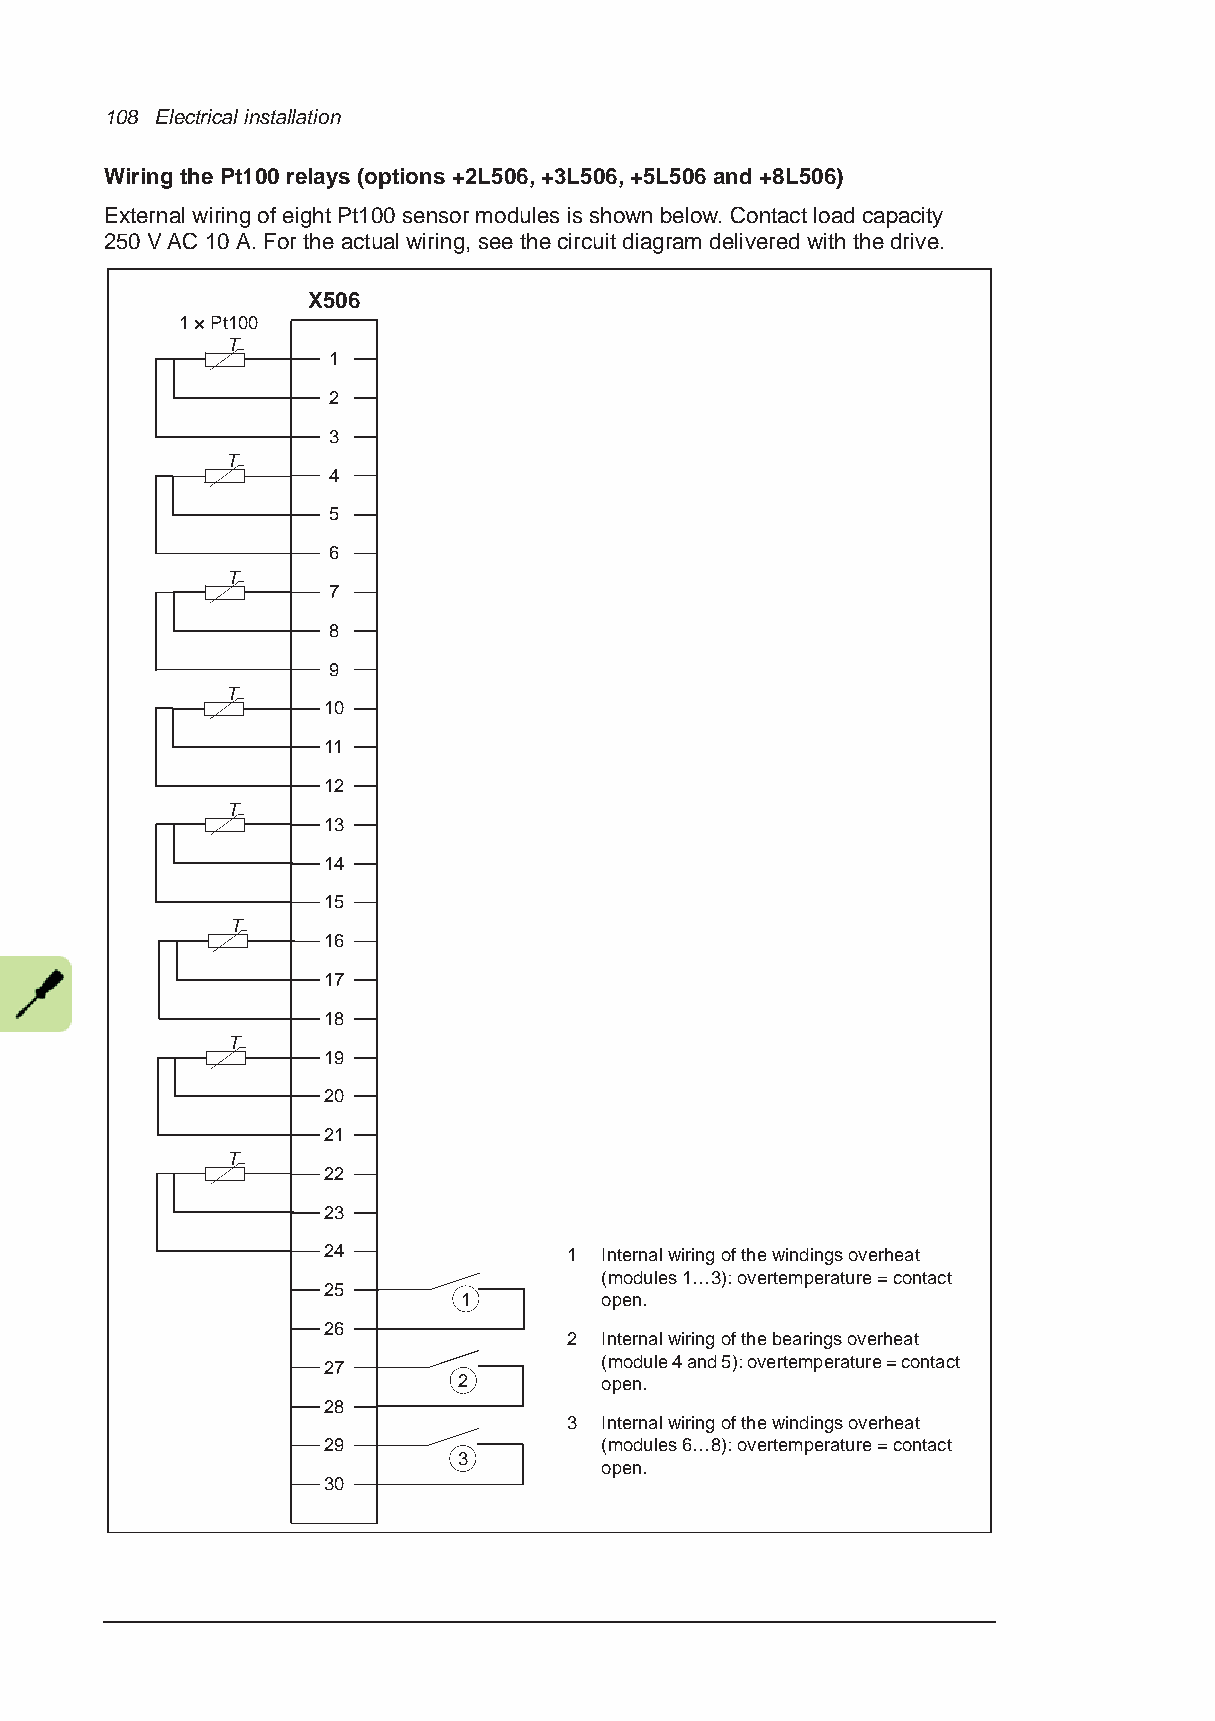
108 Electrical installation
 Wiring the Pt100 relays (options +2L506, +3L506, +5L506 and +8L506)
 External wiring of eight Pt100 sensor modules is shown below. Contact load capacity
 250VAC 10A. For the actual wiring, see the circuit diagram delivered with the drive.
 X506
 1 × Pt100
 T
 1
 2
 3
 T
 4
 5
 6
 T
 7
 8
 9
 T
 10
 11
 12
 T
 13
 14
 15
 T
 16
 17
 18
 T
 19
 20
 21
 T
 22
 23
 24               1 Internal wiring of the windings overheat
 (modules 1…3): overtemperature = contact
 25
 1         open.
 26
 2 Internal wiring of the bearings overheat
 27                 (module 4 and 5): overtemperature = contact
 2         open.
 28
 3 Internal wiring of the windings overheat
 29                 (modules 6…8): overtemperature = contact
 3
 open.
 30